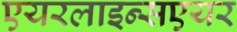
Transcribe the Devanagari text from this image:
एयरलाइन्सएयर